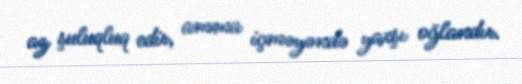
az şuluqluq edir, amma içməyəndə yaxşı oğlandır.